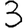
Digit: 3